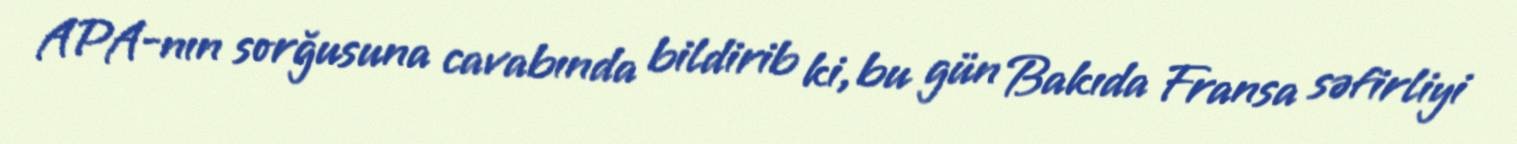
APA-nın sorğusuna cavabında bildirib ki, bu gün Bakıda Fransa səfirliyi